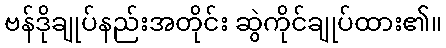
ဗန်ဒိုချုပ်နည်းအတိုင်း ဆွဲကိုင်ချုပ်ထား၏။